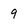
Character: 9